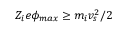
Z _ { i } e \phi _ { m a x } \geq m _ { i } v _ { s } ^ { 2 } / 2